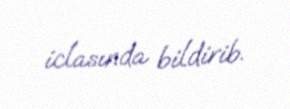
iclasında bildirib.